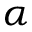
\alpha